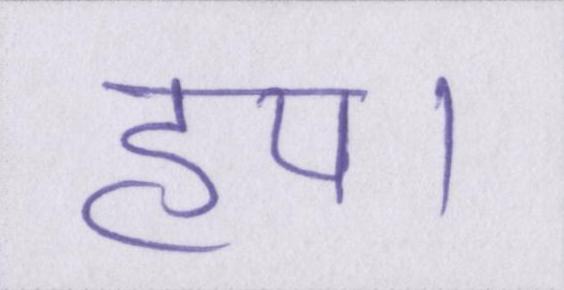
हय।